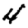
Digit: 4